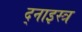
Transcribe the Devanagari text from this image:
द्नाइस्त्र